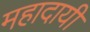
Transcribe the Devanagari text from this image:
महादायी